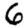
Digit: 6